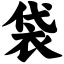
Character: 袋